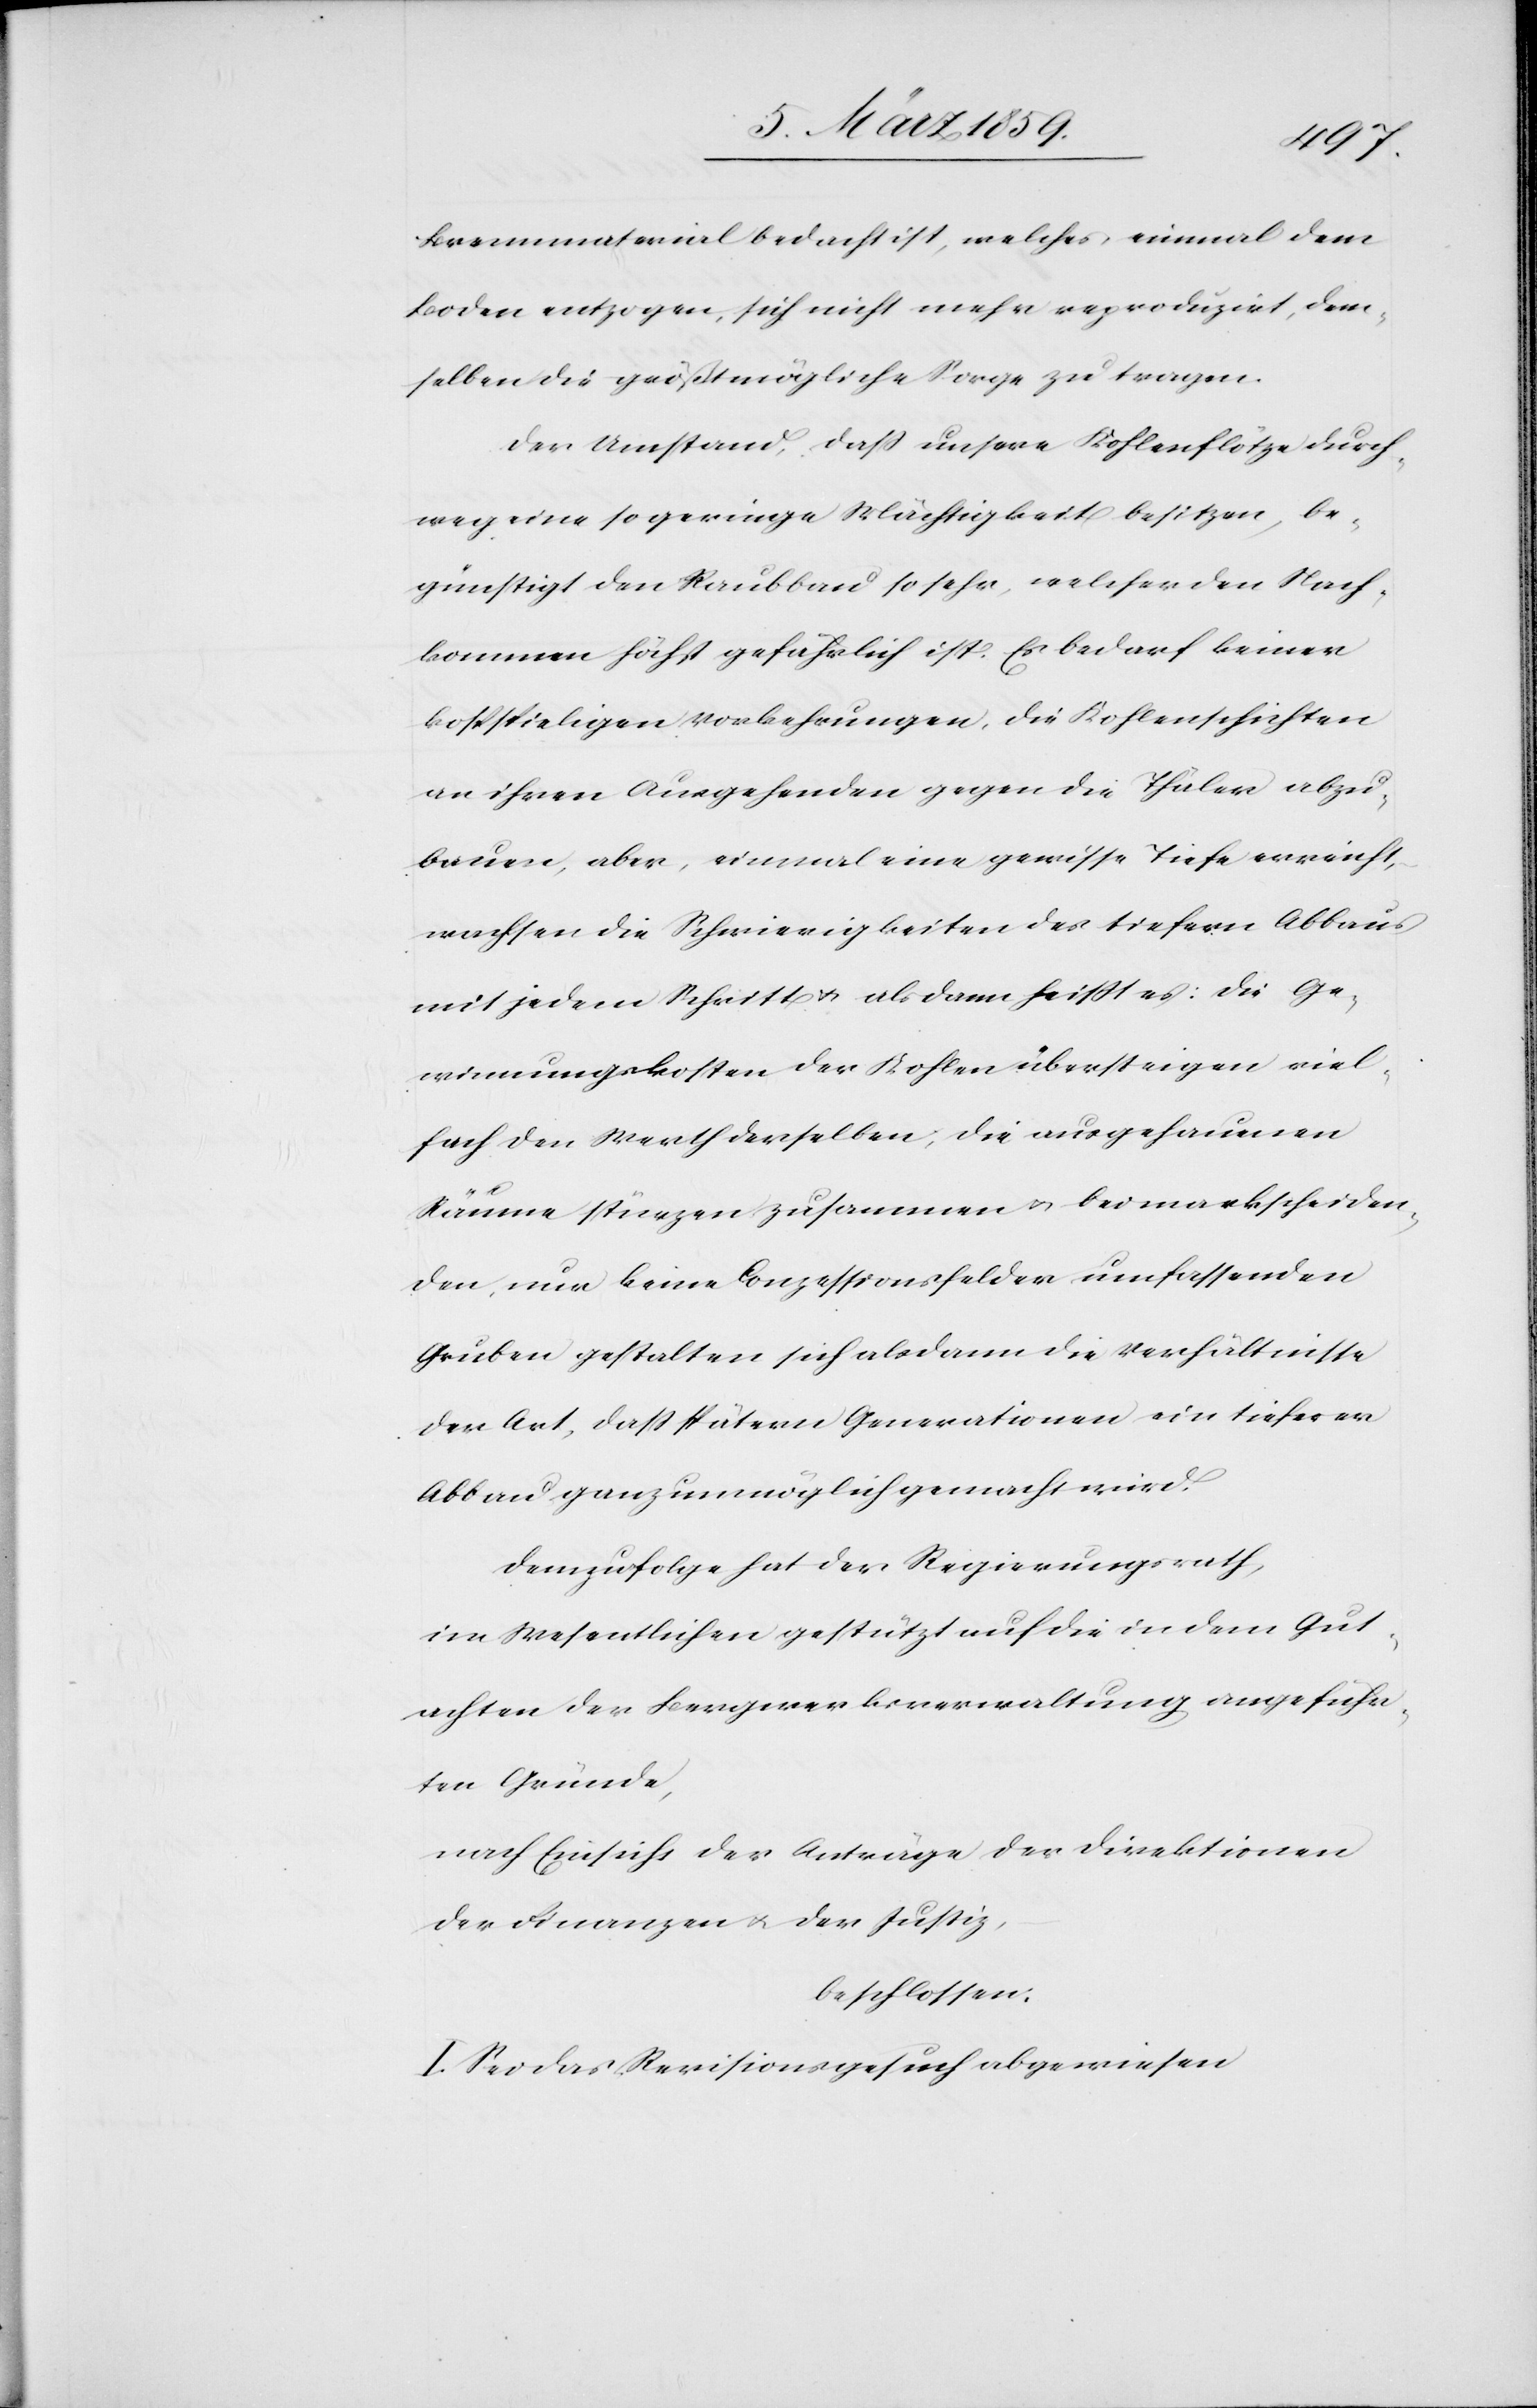
Brennmaterial bedacht ist, welches, einmal dem
Boden entzogen, sich nicht mehr reproduzirt, dem¬
selben die größtmögliche Sorge zu tragen.
Der Umstand, daß unsere Kohlenflötze durch¬
weg eine so geringe Mächtigkeit besitzen, be¬
günstigt den Raubbau so sehr, welcher den Nach¬
kommen höchst gefährlich ist. Es bedarf keiner
kostspieligen Vorkehrungen, die Kohlenschichten
an ihren Ausgehenden gegen die Thäler abzu¬
bauen, aber, einmal eine gewisse Tiefe erreicht,
wachsen die Schwierigkeiten des tiefern Abbaus
mit jedem Schritt u. alsdann heißt es: die Ge¬
winnungskosten der Kohlen übersteigen viel¬
fach den Werth derselben; die ausgehauenen
Räume stürzen zusammen u. bei markscheiden¬
den, nur keine Conzessionsfelder umfassenden
Gruben gestalten sich alsdann die Verhältnisse
der Art, daß spätern Generationen ein tieferer
Abbau ganz unmöglich gemacht wird.
Demzufolge hat der Regierungsrath,
im Wesentlichen gestützt auf die in dem Gut¬
achten der Bergwerksverwaltung angeführ¬
ten Gründe,
nach Einsicht der Anträge der Direktionen
der Finanzen u. der Justiz,
beschlossen:
I. Sei das Revisionsgesuch abgewiesen[.]